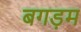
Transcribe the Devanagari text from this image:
बगड़म